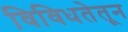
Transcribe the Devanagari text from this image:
विविधतेतून